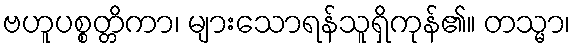
ဗဟူပစ္စတ္တိကာ၊ များသောရန်သူရှိကုန်၏။ တသ္မာ၊